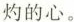
灼的心。